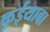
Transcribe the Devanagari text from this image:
कुईयाबा